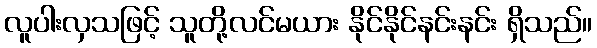
လူပါးလှသဖြင့် သူတို့လင်မယား နိုင်နိုင်နင်းနင်း ရှိသည်။